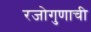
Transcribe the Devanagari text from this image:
रजोगुणाची